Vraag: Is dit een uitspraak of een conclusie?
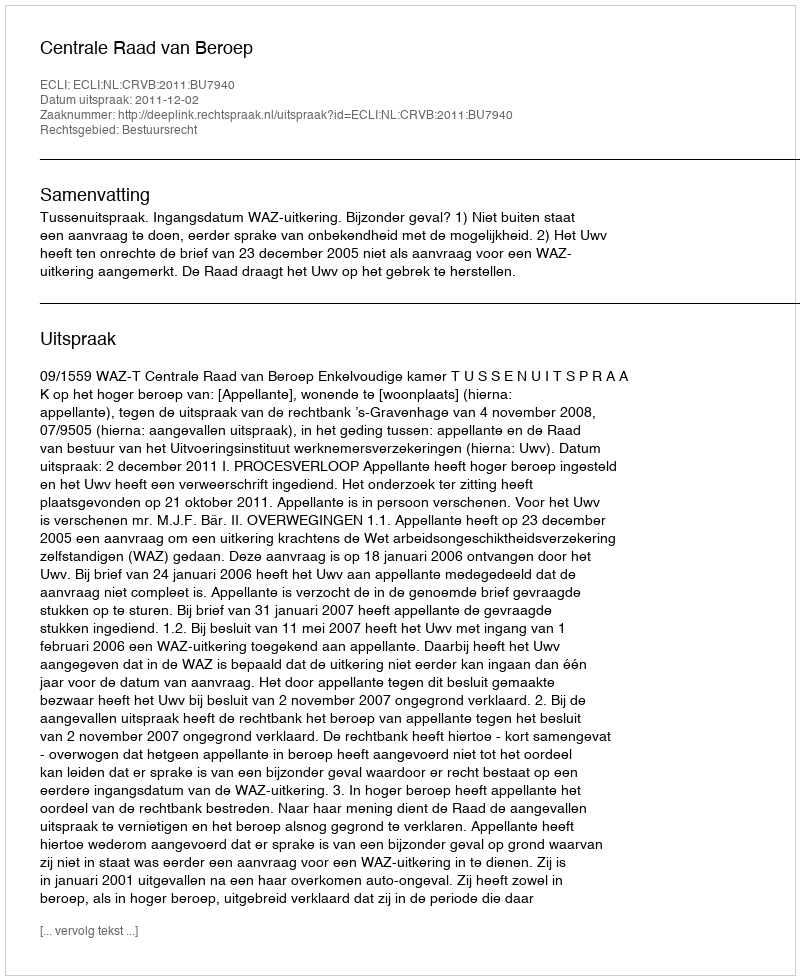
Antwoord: Uitspraak